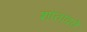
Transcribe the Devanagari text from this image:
शांतावते